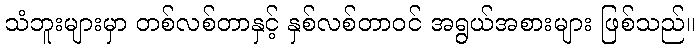
သံဘူးများမှာ တစ်လစ်တာနှင့် နှစ်လစ်တာဝင် အရွယ်အစားများ ဖြစ်သည်။